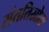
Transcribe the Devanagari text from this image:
संततिस्रोतः